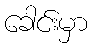
ခေါင်းမှာ